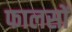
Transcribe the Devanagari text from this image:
फालसों